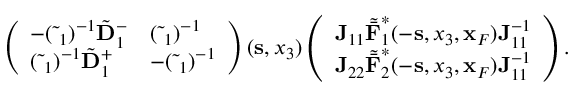
\begin{array} { r l r } & { } & { \left( \begin{array} { l l } { - ( \tilde { \bf \Delta } _ { 1 } ) ^ { - 1 } \tilde { \bf D } _ { 1 } ^ { - } } & { ( \tilde { \bf \Delta } _ { 1 } ) ^ { - 1 } } \\ { ( \tilde { \bf \Delta } _ { 1 } ) ^ { - 1 } \tilde { \bf D } _ { 1 } ^ { + } } & { - ( \tilde { \bf \Delta } _ { 1 } ) ^ { - 1 } } \end{array} \right) ( { \bf s } , x _ { 3 } ) \left( \begin{array} { l } { { \bf J } _ { 1 1 } { \tilde { \bar { \bf F } } } _ { 1 } ^ { * } ( - { \bf s } , x _ { 3 } , { \bf x } _ { F } ) { \bf J } _ { 1 1 } ^ { - 1 } } \\ { { \bf J } _ { 2 2 } { \tilde { \bar { \bf F } } } _ { 2 } ^ { * } ( - { \bf s } , x _ { 3 } , { \bf x } _ { F } ) { \bf J } _ { 1 1 } ^ { - 1 } } \end{array} \right) . } \end{array}